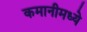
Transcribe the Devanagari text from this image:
कमानीमध्ये